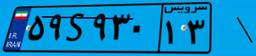
۷۵S۷۲۳۱۶